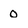
Character: 0